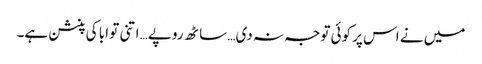
میں نے اس پر کوئی توجہ نہ دی… ساٹھ روپے… اتنی تو ابا کی پنشن ہے۔